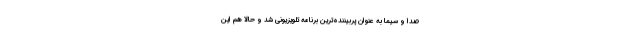
صدا و سیما به عنوان پربیننده‌ترین برنامه‌ تلویزیونی شد و حالا هم این